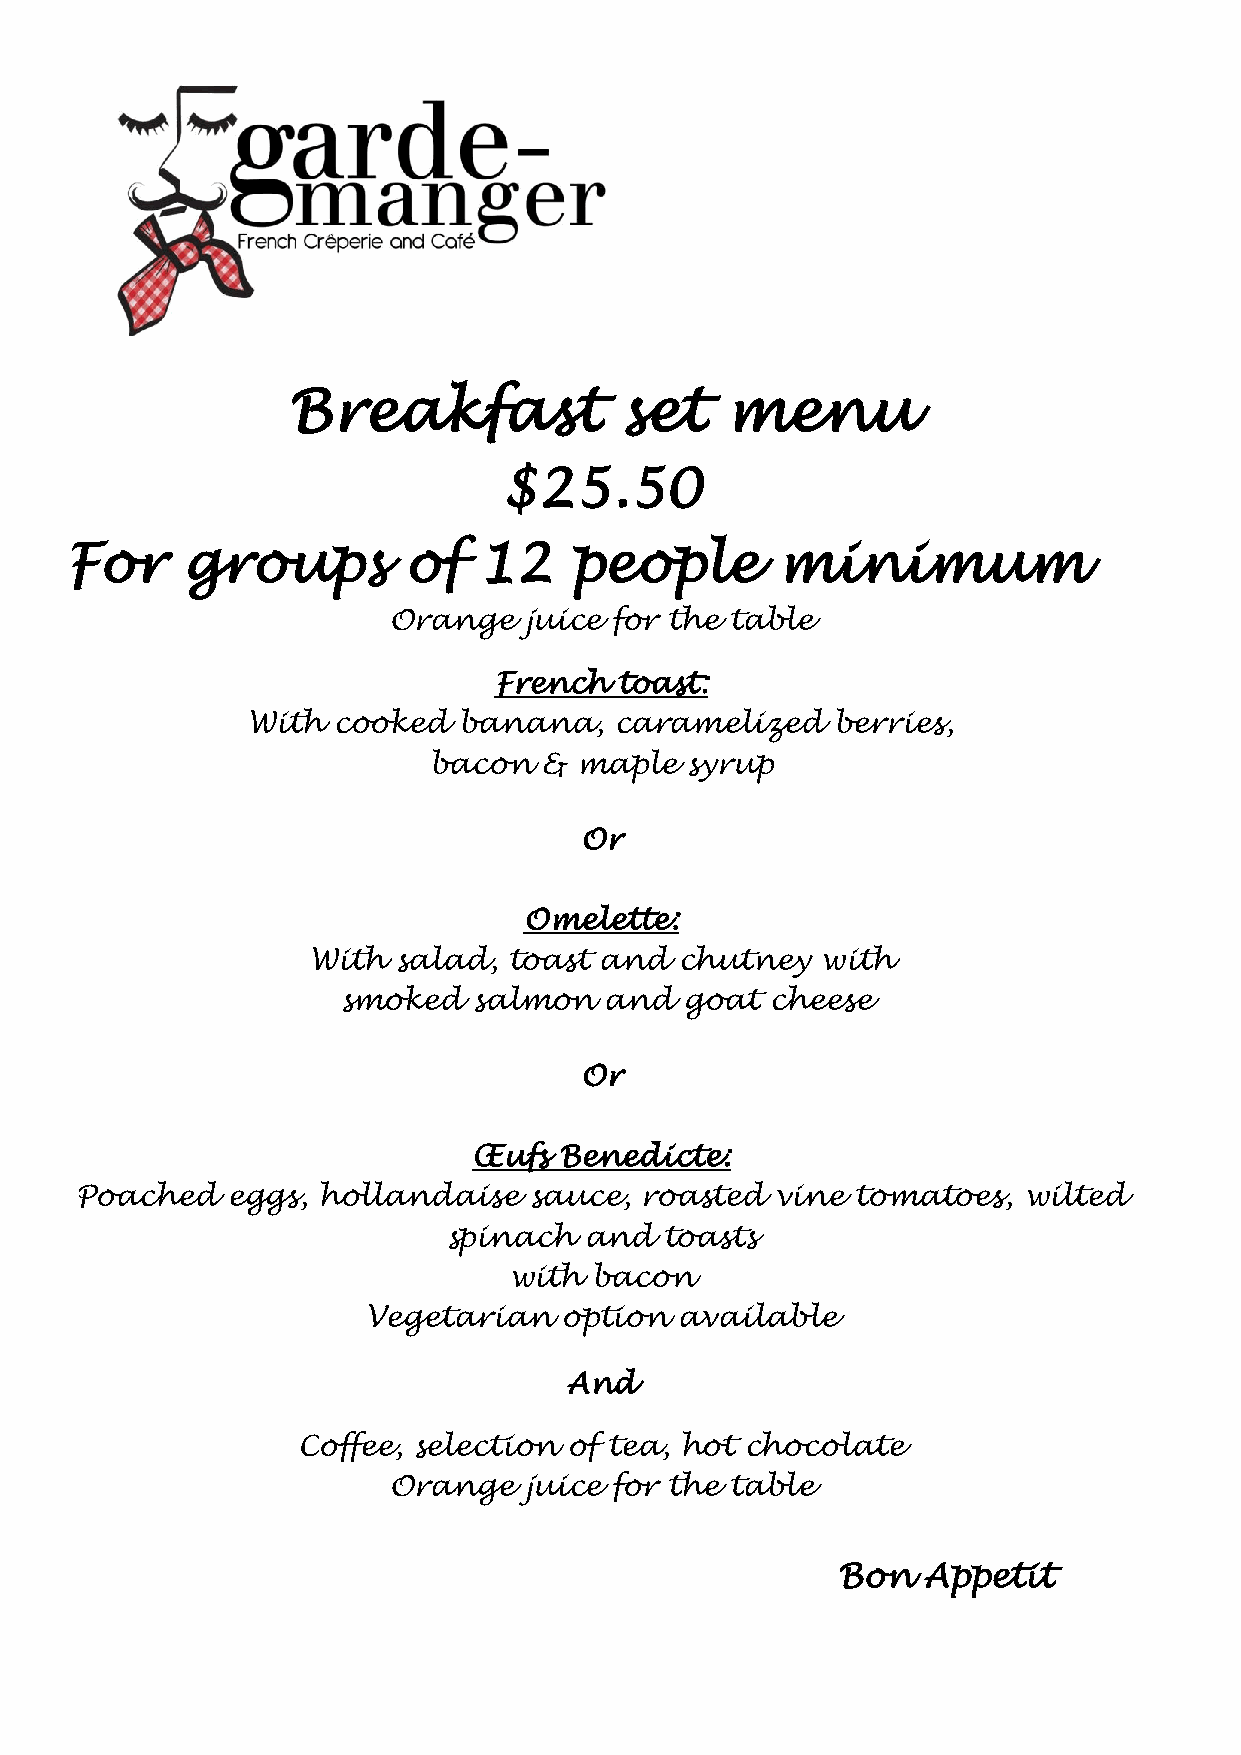
Breakfast             set    menu
 $25.50
 For     groups         of   12    people       minimum
 Orange   juice for the table
 French  toast:
 With  cooked  banana,    caramelized   berries,
 bacon   & maple  syrup
 Or
 Omelette:
 With  salad,  toast and  chutney  with
 smoked   salmon   and  goat  cheese
 Or
 Œufs  Benedicte:
 Poached   eggs, hollandaise   sauce, roasted  vine  tomatoes,  wilted
 spinach   and  toasts
 with bacon
 Vegetarian   option  available
 And
 Coffee, selection of tea, hot chocolate
 Orange   juice for the table
 Bon   Appetit